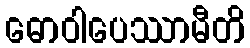
ဓောဝါပေဿာမီတိ